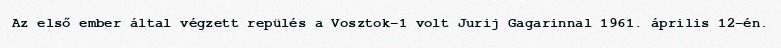
Az első ember által végzett repülés a Vosztok–1 volt Jurij Gagarinnal 1961. április 12-én.